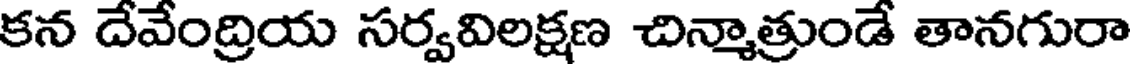
కన దేవేంద్రియ సర్వవిలక్షణ చిన్మాత్రుండే తానగురా